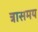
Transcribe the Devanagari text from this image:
त्रासमय